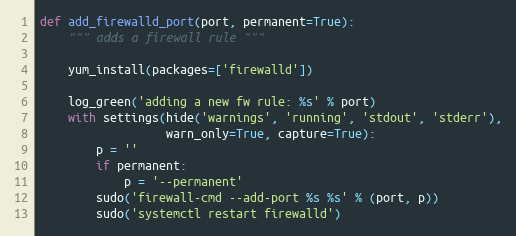
Language: Python
def add_firewalld_port(port, permanent=True):
    """ adds a firewall rule """

    yum_install(packages=['firewalld'])

    log_green('adding a new fw rule: %s' % port)
    with settings(hide('warnings', 'running', 'stdout', 'stderr'),
                  warn_only=True, capture=True):
        p = ''
        if permanent:
            p = '--permanent'
        sudo('firewall-cmd --add-port %s %s' % (port, p))
        sudo('systemctl restart firewalld')